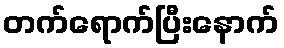
တက်ရောက်ပြီးနောက်